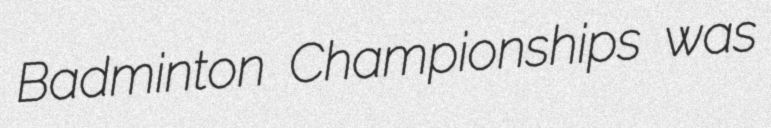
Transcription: Badminton Championships was